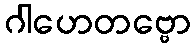
ဂါဟေတဗ္ဗော